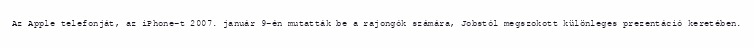
Az Apple telefonját, az iPhone-t 2007. január 9-én mutatták be a rajongók számára, Jobstól megszokott különleges prezentáció keretében.